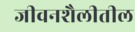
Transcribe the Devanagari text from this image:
जीवनशैलीतील